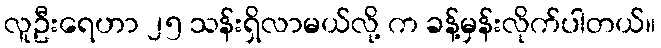
လူဦးရေဟာ ၂၅ သန်းရှိလာမယ်လို့ က ခန့်မှန်းလိုက်ပါတယ်။